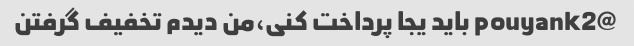
@pouyank2 باید یجا پرداخت کنی،من دیدم تخفیف گرفتن